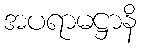
အပရာမဋ္ဌာနိ